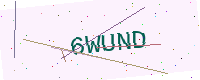
Text: 6WUND